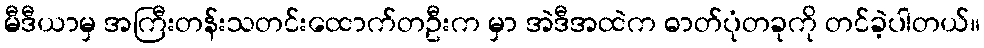
မီဒီယာမှ အကြီးတန်းသတင်းထောက်တဦးက မှာ အဲဒီအထဲက ဓာတ်ပုံတခုကို တင်ခဲ့ပါတယ်။